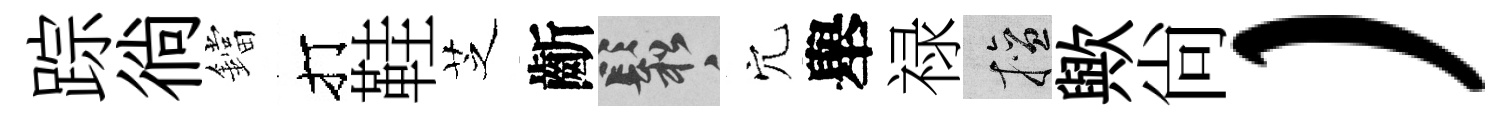
踪徜鐺打鞋芝齗鬆穴舉禄擅歟尙）